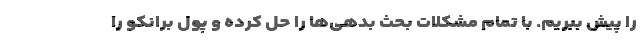
را پیش ببریم. با تمام مشکلات بحث بدهی‌ها را حل کرده و پول برانکو را